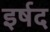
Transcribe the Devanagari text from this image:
इर्षद